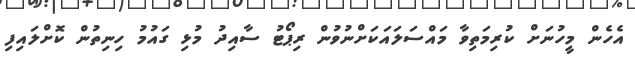
އެހެން މީހުނަށް ކުރިމަތިވާ މައްސަލައަކަށްނުވުން ރިޕޯޓު ސާއިދު މުޅި ގައުމު ހިނިތުން ކޮށްލައިފި